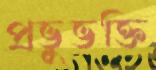
প্রভুভক্তি